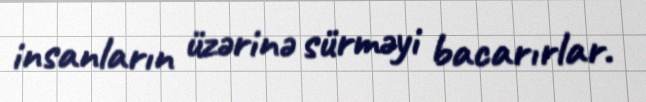
insanların üzərinə sürməyi bacarırlar.